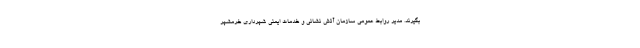
بگیرند. مدیر روابط عمومی سازمان آتش نشانی و خدمات ایمنی شهرداری خرمشهر